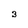
Character: 3